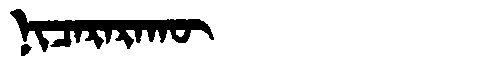
Manchu: ᠨᡳᠴᠠᡵᠠᡵᠠᡴᡡ
Romanization: NICARARAKŪ